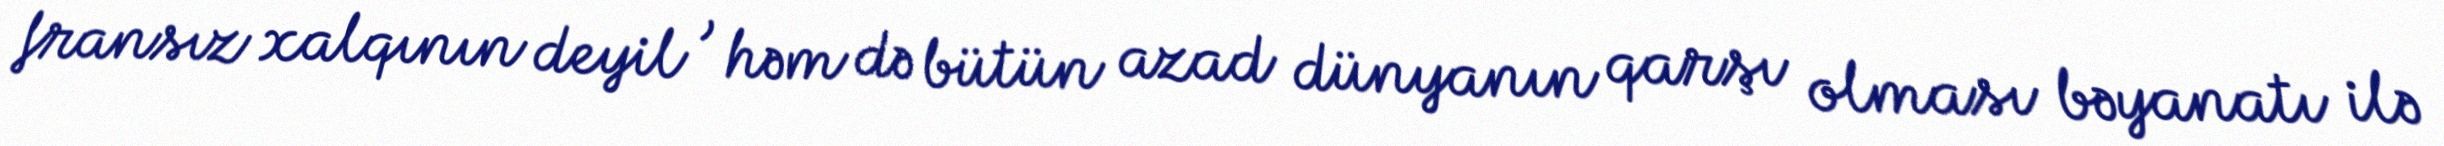
fransız xalqının deyil , həm də bütün azad dünyanın qarşı olması bəyanatı ilə